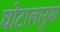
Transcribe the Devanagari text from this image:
घोटालानुमा